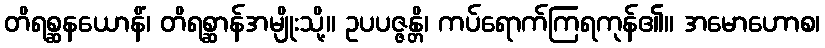
တိရစ္ဆနယောနိံ၊ တိရစ္ဆာန်အမျိုးသို့။ ဥပပဇ္ဇန္တိ၊ ကပ်ရောက်ကြရကုန်၏။ အမောဟောစ၊